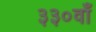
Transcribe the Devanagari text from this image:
३३०वाँ